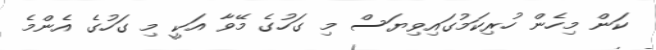
ކަން މިހެން ހުރިކަމުގައިވިޔަސް މި ގަހުގެ މޭވާ އަކީ މި ގަހުގެ އެންމެ